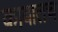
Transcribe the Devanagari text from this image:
काबातच